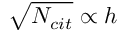
\sqrt { N _ { c i t } } \propto h